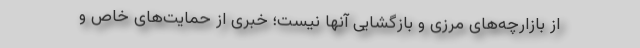
از بازارچه‌های مرزی و بازگشایی آنها نیست؛ خبری از حمایت‌های خاص و